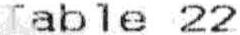
TABLE 22